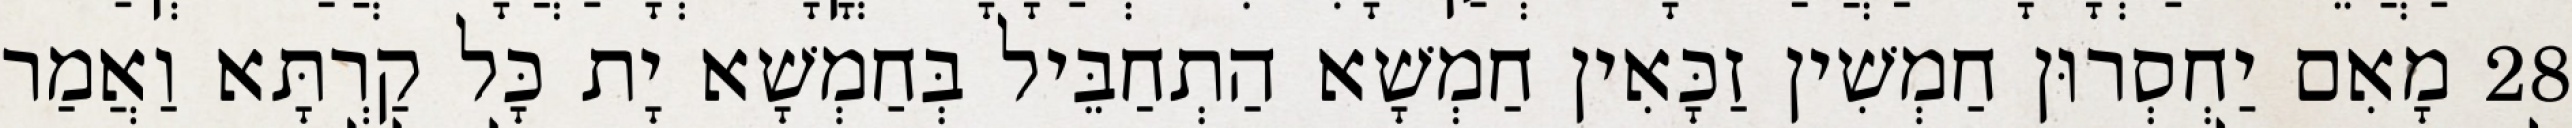
28 מָאִם יַחְסְרוּן חַמְשִׁין זַכָּאִין חַמְשָׁא הַתְחַבֵּיל בְּחַמְשָׁא יָת כָּל קַרְתָּא וַאֲמַר